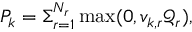
P _ { k } = \Sigma _ { r = 1 } ^ { N _ { r } } \operatorname* { m a x } ( 0 , v _ { k , r } \mathcal { Q } _ { r } ) ,